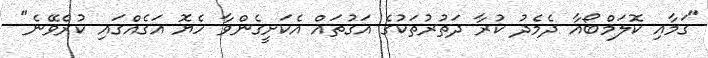
"ގަމާއި ކޮލަމްބޯއާ ދެމެދު ކުރާ ދަތުރުތަކުގެ އަގުތައް އެކަށީގެންވާ ހެޔޮ އަގެއްގައި ކުރެވޭނެ"